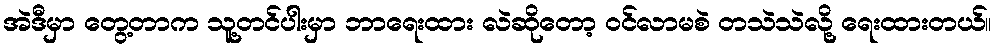
အဲဒီမှာ တွေ့တာက သူ့တင်ပါးမှာ ဘာရေးထား လဲဆိုတော့ ဝင်လာမစဲ တသဲသဲလို့ ရေးထားတယ်။